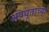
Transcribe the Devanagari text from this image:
अवधूताच्या